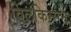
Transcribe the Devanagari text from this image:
विलकिन्सन